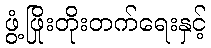
ဖွံ့ဖြိုးတိုးတက်ရေးနှင့်